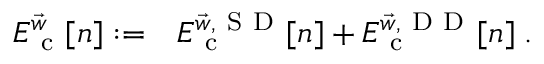
\begin{array} { r l } { E _ { \mathrm { ~ c ~ } } ^ { \vec { w } } [ n ] : = } & { { } E _ { \mathrm { ~ c ~ } } ^ { \vec { w } , { \mathrm { ~ S ~ D ~ } } } [ n ] + E _ { \mathrm { ~ c ~ } } ^ { \vec { w } , { \mathrm { ~ D ~ D ~ } } } [ n ] \; . } \end{array}